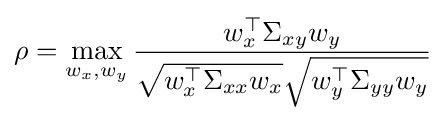
\rho =\max _{w_{x},w_{y}}{\frac {w_{x}^{\top }\Sigma _{xy}w_{y}}{{\sqrt {w_{x}^{\top }\Sigma _{xx}w_{x}}}{\sqrt {w_{y}^{\top }\Sigma _{yy}w_{y}}}}}